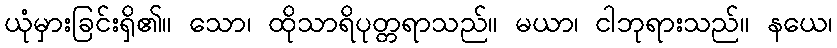
ယုံမှားခြင်းရှိ၏။ သော၊ ထိုသာရိပုတ္တရာသည်။ မယာ၊ ငါဘုရားသည်။ နယေ၊